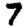
Digit: 7